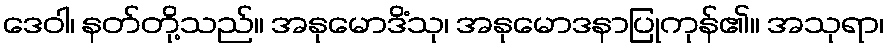
ဒေဝါ၊ နတ်တို့သည်။ အနုမောဒိံသု၊ အနုမောဒနာပြုကုန်၏။ အသုရာ၊